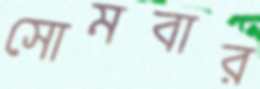
সোমবার